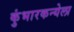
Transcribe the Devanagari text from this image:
कुंभारकन्येला